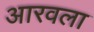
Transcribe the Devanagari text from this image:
आरवला